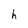
Character: h